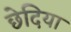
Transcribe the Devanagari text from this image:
छेदिया